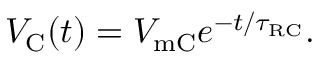
V _ { \mathrm { { C } } } ( t ) = V _ { \mathrm { { m C } } } e ^ { - t / \tau _ { \mathrm { { R C } } } } .